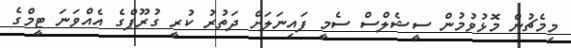
މިމެޗުން މޮޅުވުމުން ސީޝެލްސް ސެމީ ފައިނަލަށް ދަތުރު ކުރީ ގުރޫޕްގެ އެއްވަނަ ޓީމްގެ